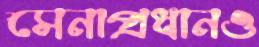
সেনাপ্রধানও